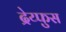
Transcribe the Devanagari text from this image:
द्रेय्फुस